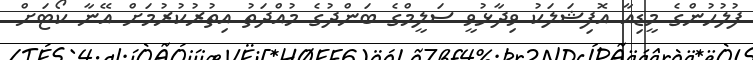
ފުލުހުންގެ މީޑިއާ އޮފިޝަލަކު ވިދާޅުވީ ސަލީމްގެ ބަންދުގެ މުއްދަތު އިތުރުކުރުމަށް އޭނާ ކޯޓަށް